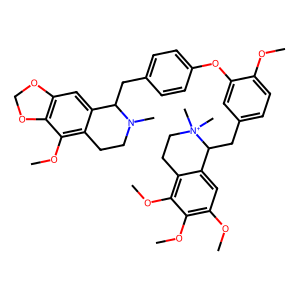
SMILES: COc1ccc(CC2c3cc(OC)c(OC)c(OC)c3CC[N+]2(C)C)cc1Oc1ccc(CC2c3cc4c(c(OC)c3CCN2C)OCO4)cc1
Inhibits HIV replication: No